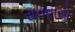
રાતવાસો